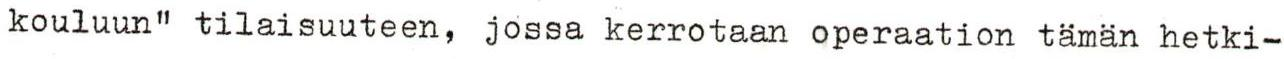
kouluun" tilaisuuteen, jossa kerrotaan operaation tämän hetki-